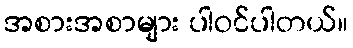
အစားအစာများ ပါဝင်ပါတယ်။